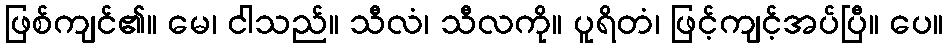
ဖြစ်ကျင်၏။ မေ၊ ငါသည်။ သီလံ၊ သီလကို။ ပူရိတံ၊ ဖြင့်ကျင့်အပ်ပြီ။ ပေ။